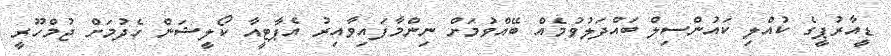
ޑީއާރުޕީގެ ކުއްލި ކައުންސިލް ބައްދަލުވުމެއް ބޭއްވުމަށް ނިންމާފައިވާއިރު އެޕާޓީއާ ކޯލީޝަން ހެދުމަށް ޖުމްހޫރީ